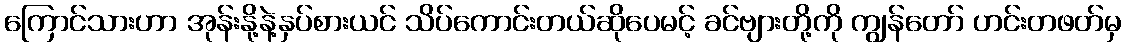
ကြောင်သားဟာ အုန်းနို့နဲ့နှပ်စားယင် သိပ်ကောင်းတယ်ဆိုပေမင့် ခင်ဗျားတို့ကို ကျွန်တော် ဟင်းတဖတ်မှ